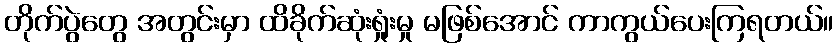
တိုက်ပွဲတွေ အတွင်းမှာ ထိခိုက်ဆုံးရှုံးမှု မဖြစ်အောင် ကာကွယ်ပေးကြရတယ်။